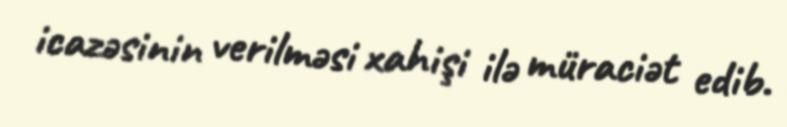
icazəsinin verilməsi xahişi ilə müraciət edib.